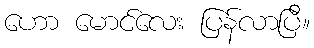
ဟော မောင်လေး ပြန်လာပြီ။